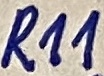
Text: R11